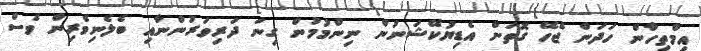
އިމްތިހާން ހަދަން ޖެހޭ ގޮތަށް އެޑިޔުކޭޝަނުން ނިންމުމުން ގިނަ ދަރިވަރުންނާއި ބެލެނިވެރިން ވެސް